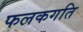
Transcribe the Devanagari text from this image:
फलकगति